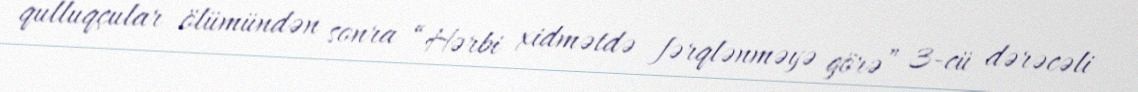
qulluqçular ölümündən sonra “Hərbi xidmətdə fərqlənməyə görə” 3-cü dərəcəli